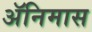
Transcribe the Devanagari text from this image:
ॲनिमास